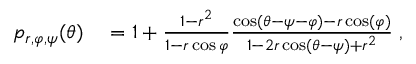
\begin{array} { r l } { p _ { r , \varphi , \psi } ( \theta ) } & { { } = 1 + \frac { 1 - r ^ { 2 } } { 1 - r \cos \varphi } \frac { \cos ( \theta - \psi - \varphi ) - r \cos ( \varphi ) } { 1 - 2 r \cos ( \theta - \psi ) + r ^ { 2 } } \; , } \end{array}